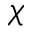
\chi